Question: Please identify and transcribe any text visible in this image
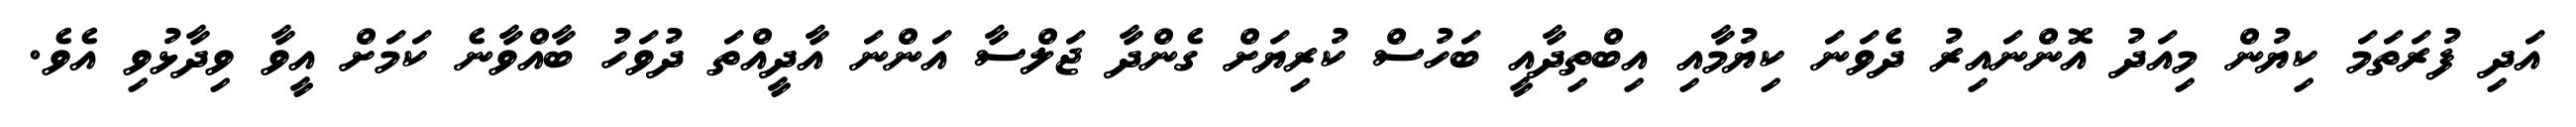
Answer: އަދި ފުރަތަމަ ކިޔުން މިއަދު އޮންނައިރު ދެވަނަ ކިޔުމާއި އިބްތިދާއީ ބަހުސް ކުރިޔަށް ގެންދާ ޖަލްސާ އަންނަ އާދީއްތަ ދުވަހު ބާއްވާނެ ކަމަށް އީވާ ވިދާޅުވި އެވެ.